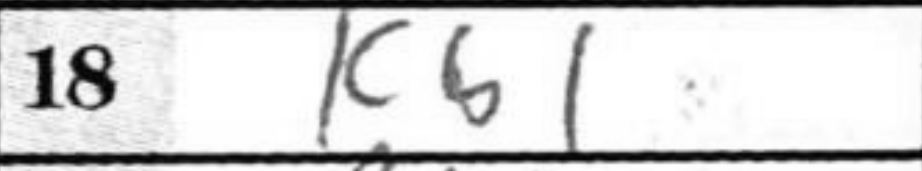
Transcription: Kb1